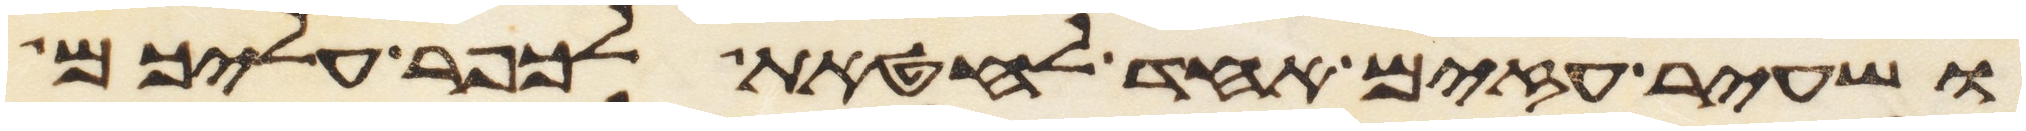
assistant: ושעיר עזים אחד לחטאת לכפר עליכם